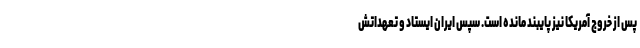
پس از خروج آمریکا نیز پایبند مانده است. سپس ایران ایستاد و تعهداتش